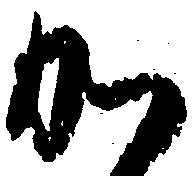
か